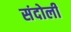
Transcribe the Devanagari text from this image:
संदोली